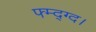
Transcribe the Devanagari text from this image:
फ्म्द्ग्द।